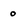
Character: 0